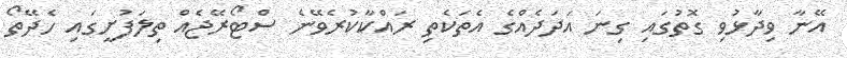
އޭނާ ވިދާޅުވި ގޮތުގައި ގިނަ އަދަދެއްގެ އެތަކެތި ރައްކާކުރެވޭނެ ސްޓޯރޭޖެއް ތިލަފުށީގައި ހެދޭތޯ